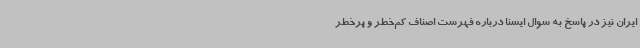
ایران نیز در پاسخ به سوال ایسنا درباره فهرست اصناف کم‌خطر و پرخطر